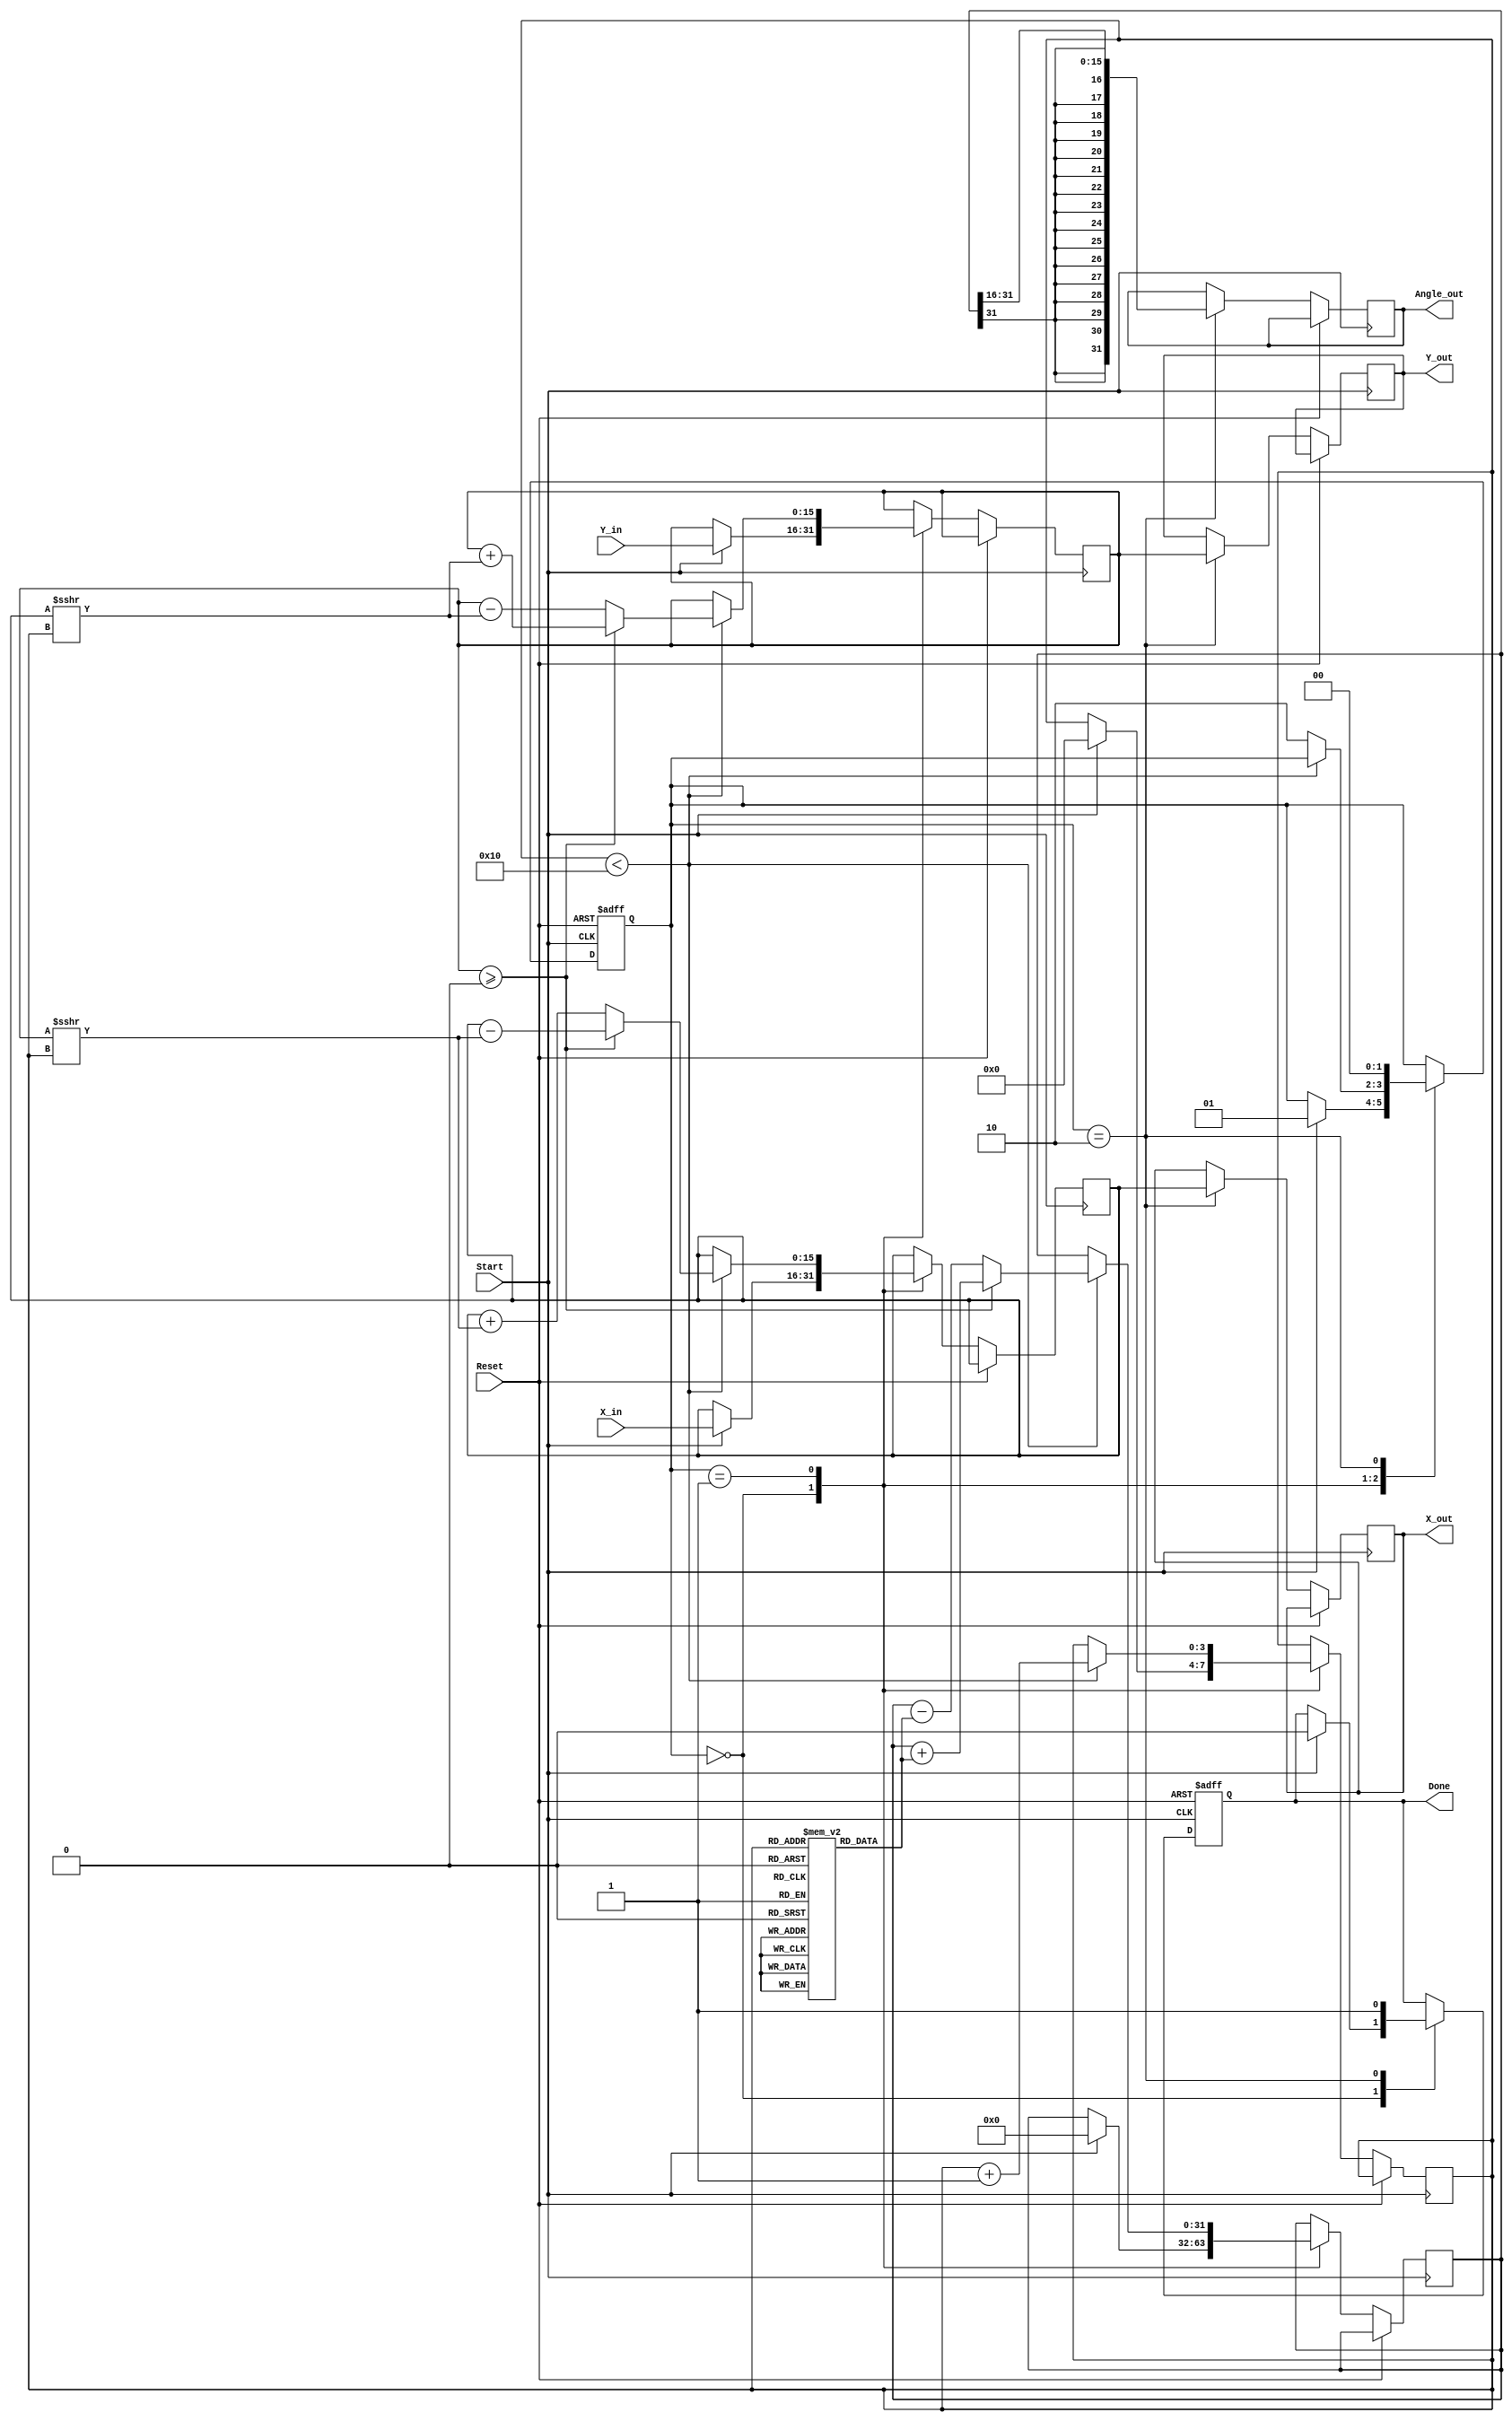
module CORDIC_Vectoring (
    input wire [15:0] X_in,          // Input x-coordinate (fixed-point)
    input wire [15:0] Y_in,          // Input y-coordinate (fixed-point)
    input wire Start,                 // Control signal to start computation
    input wire Reset,                 // Asynchronous reset
    output reg [31:0] Angle_out,     // Output angle (fixed-point representation)
    output reg [15:0] X_out,         // Final x-coordinate (should converge to zero)
    output reg [15:0] Y_out,         // Final y-coordinate (should converge to zero)
    output reg Done                   // Signal indicating computation completion
);

    // Parameters
    parameter MAX_ITER = 16;      // Maximum number of iterations
    parameter FIXED_POINT_SHIFT = 16; // Fixed-point configuration

    // Internal registers
    reg [15:0] X_reg;               // Register for current x-coordinate
    reg [15:0] Y_reg;               // Register for current y-coordinate
    reg signed [31:0] Angle_reg;    // Accumulated angle (32-bit to hold angles)
    reg [3:0] Iteration_count;      // Iteration counter

    // FSM States
    reg [1:0] state;                // FSM state
    localparam IDLE      = 2'b00,
               COMPUTE   = 2'b01,
               DONE       = 2'b10;

    // CORDIC angle lookup table for atan(2^-i)
    reg signed [31:0] atan_table [0:15];

    // Initialize atan_table
    initial begin
        atan_table[0] = 32'h00000000;  // atan(2^0) = 0
        atan_table[1] = 32'h3F19999A;  // atan(2^-1) = pi/4
        atan_table[2] = 32'h3E73D7A3;  // atan(2^-2)  0.244
        atan_table[3] = 32'h3E2E4F6D;  // atan(2^-3)  0.124
        atan_table[4] = 32'h3E14D8E5;  // atan(2^-4)  0.062
        // Continue to fill in the values for atan_table up to atan(2^-15)
        atan_table[5] = 32'h3DE8A3D7;  
        atan_table[6] = 32'h3DC7C50C;  
        atan_table[7] = 32'h3DA88821;  
        atan_table[8] = 32'h3D6D393D;  
        atan_table[9] = 32'h3D28A3D7;  
        atan_table[10] = 32'h3CFA100E; 
        atan_table[11] = 32'h3CF648B3; 
        atan_table[12] = 32'h3CD8B1E3; 
        atan_table[13] = 32'h3CC2C6E6; 
        atan_table[14] = 32'h3CB3C0A6; 
        atan_table[15] = 32'h3C9C9CC3; 
    end    

    // FSM for controlling states
    always @(posedge Start or posedge Reset) begin
        if (Reset) begin
            state <= IDLE;
            Done <= 0;
        end else begin
            case (state)
                IDLE: begin
                    if (Start) begin
                        state <= COMPUTE;
                        X_reg <= X_in;
                        Y_reg <= Y_in;
                        Angle_reg <= 0;
                        Iteration_count <= 0;
                        Done <= 0;
                    end
                end
                COMPUTE: begin
                    if (Iteration_count < MAX_ITER) begin
                        // CORDIC rotation logic
                        if (Y_reg >= 0) begin
                            X_reg <= X_reg - (Y_reg >>> Iteration_count);
                            Y_reg <= Y_reg + (X_reg >>> Iteration_count);
                            Angle_reg <= Angle_reg + atan_table[Iteration_count];
                        end else begin
                            X_reg <= X_reg + (Y_reg >>> Iteration_count);
                            Y_reg <= Y_reg - (X_reg >>> Iteration_count);
                            Angle_reg <= Angle_reg - atan_table[Iteration_count];
                        end
                        Iteration_count <= Iteration_count + 1;
                    end else begin
                        state <= DONE;
                    end
                end
                DONE: begin
                    X_out <= X_reg;
                    Y_out <= Y_reg;
                    Angle_out <= Angle_reg >>> FIXED_POINT_SHIFT; // Adjust angle scale
                    Done <= 1;
                    state <= IDLE; // Reset state back to IDLE
                end
            endcase
        end
    end

endmodule